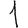
Digit: 1